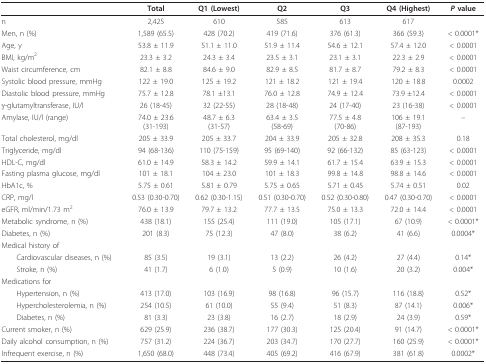
<table><thead><tr><td></td><td><b>Total</b></td><td><b>Q1 (Lowest)</b></td><td><b>Q2</b></td><td><b>Q3</b></td><td><b>Q4 (Highest)</b></td><td><b><i>P </i>value</b></td></tr></thead><tbody><tr><td>n</td><td>2,425</td><td>610</td><td>585</td><td>613</td><td>617</td><td></td></tr><tr><td>Men, n (%)</td><td>1,589 (65.5)</td><td>428 (70.2)</td><td>419 (71.6)</td><td>376 (61.3)</td><td>366 (59.3)</td><td>&lt; 0.0001*</td></tr><tr><td>Age, y</td><td>53.8 ± 11.9</td><td>51.1 ± 11.0</td><td>51.9 ± 11.4</td><td>54.6 ± 12.1</td><td>57.4 ± 12.0</td><td>&lt; 0.0001</td></tr><tr><td>BMI, kg/m<sup>2</sup></td><td>23.3 ± 3.2</td><td>24.3 ± 3.4</td><td>23.5 ± 3.1</td><td>23.1 ± 3.1</td><td>22.3 ± 2.9</td><td>&lt; 0.0001</td></tr><tr><td>Waist circumference, cm</td><td>82.1 ± 8.8</td><td>84.6 ± 9.0</td><td>82.9 ± 8.5</td><td>81.7 ± 8.7</td><td>79.2 ± 8.3</td><td>&lt; 0.0001</td></tr><tr><td>Systolic blood pressure, mmHg</td><td>122 ± 19.0</td><td>125 ± 19.2</td><td>121 ± 18.2</td><td>121 ± 19.4</td><td>120 ± 18.8</td><td>0.0002</td></tr><tr><td>Diastolic blood pressure, mmHg</td><td>75.7 ± 12.8</td><td>78.1 ±13.1</td><td>76.0 ± 12.8</td><td>74.9 ± 12.4</td><td>73.9 ±12.4</td><td>&lt; 0.0001</td></tr><tr><td>γ-glutamyltransferase, IU/l</td><td>26 (18-45)</td><td>32 (22-55)</td><td>28 (18-48)</td><td>24 (17-40)</td><td>23 (16-38)</td><td>&lt; 0.0001</td></tr><tr><td>Amylase, IU/l (range)</td><td>74.0 ± 23.6(31-193)</td><td>48.7 ± 6.3(31-57)</td><td>63.4 ± 3.5(58-69)</td><td>77.5 ± 4.8(70-86)</td><td>106 ± 19.1(87-193)</td><td>--</td></tr><tr><td>Total cholesterol, mg/dl</td><td>205 ± 33.9</td><td>205 ± 33.7</td><td>204 ± 33.9</td><td>205 ± 32.8</td><td>208 ± 35.3</td><td>0.18</td></tr><tr><td>Triglyceride, mg/dl</td><td>94 (68-136)</td><td>110 (75-159)</td><td>95 (69-140)</td><td>92 (66-132)</td><td>85 (63-123)</td><td>&lt; 0.0001</td></tr><tr><td>HDL-C, mg/dl</td><td>61.0 ± 14.9</td><td>58.3 ± 14.2</td><td>59.9 ± 14.1</td><td>61.7 ± 15.4</td><td>63.9 ± 15.3</td><td>&lt; 0.0001</td></tr><tr><td>Fasting plasma glucose, mg/dl</td><td>101 ± 18.1</td><td>104 ± 23.0</td><td>101 ± 18.3</td><td>99.8 ± 14.8</td><td>98.8 ± 14.6</td><td>&lt; 0.0001</td></tr><tr><td>HbA1c, %</td><td>5.75 ± 0.61</td><td>5.81 ± 0.79</td><td>5.75 ± 0.65</td><td>5.71 ± 0.45</td><td>5.74 ± 0.51</td><td>0.02</td></tr><tr><td>CRP, mg/l</td><td>0.53 (0.30-0.70)</td><td>0.62 (0.30-1.15)</td><td>0.51 (0.30-0.70)</td><td>0.52 (0.30-0.80)</td><td>0.47 (0.30-0.70)</td><td>&lt; 0.0001</td></tr><tr><td>eGFR, ml/min/1.73 m<sup>2</sup></td><td>76.0 ± 13.9</td><td>79.7 ± 13.2</td><td>77.7 ± 13.5</td><td>75.0 ± 13.3</td><td>72.0 ± 14.4</td><td>&lt; 0.0001</td></tr><tr><td>Metabolic syndrome, n (%)</td><td>438 (18.1)</td><td>155 (25.4)</td><td>111 (19.0)</td><td>105 (17.1)</td><td>67 (10.9)</td><td>&lt; 0.0001*</td></tr><tr><td>Diabetes, n (%)</td><td>201 (8.3)</td><td>75 (12.3)</td><td>47 (8.0)</td><td>38 (6.2)</td><td>41 (6.6)</td><td>0.0004*</td></tr><tr><td>Medical history of</td><td></td><td></td><td></td><td></td><td></td><td></td></tr><tr><td> Cardiovascular diseases, n (%)</td><td>85 (3.5)</td><td>19 (3.1)</td><td>13 (2.2)</td><td>26 (4.2)</td><td>27 (4.4)</td><td>0.14*</td></tr><tr><td> Stroke, n (%)</td><td>41 (1.7)</td><td>6 (1.0)</td><td>5 (0.9)</td><td>10 (1.6)</td><td>20 (3.2)</td><td>0.004*</td></tr><tr><td>Medications for</td><td></td><td></td><td></td><td></td><td></td><td></td></tr><tr><td> Hypertension, n (%)</td><td>413 (17.0)</td><td>103 (16.9)</td><td>98 (16.8)</td><td>96 (15.7)</td><td>116 (18.8)</td><td>0.52*</td></tr><tr><td> Hypercholesterolemia, n (%)</td><td>254 (10.5)</td><td>61 (10.0)</td><td>55 (9.4)</td><td>51 (8.3)</td><td>87 (14.1)</td><td>0.006*</td></tr><tr><td> Diabetes, n (%)</td><td>81 (3.3)</td><td>23 (3.8)</td><td>16 (2.7)</td><td>18 (2.9)</td><td>24 (3.9)</td><td>0.59*</td></tr><tr><td>Current smoker, n (%)</td><td>629 (25.9)</td><td>236 (38.7)</td><td>177 (30.3)</td><td>125 (20.4)</td><td>91 (14.7)</td><td>&lt; 0.0001*</td></tr><tr><td>Daily alcohol consumption, n (%)</td><td>757 (31.2)</td><td>224 (36.7)</td><td>203 (34.7)</td><td>170 (27.7)</td><td>160 (25.9)</td><td>&lt; 0.0001*</td></tr><tr><td>Infrequent exercise, n (%)</td><td>1,650 (68.0)</td><td>448 (73.4)</td><td>405 (69.2)</td><td>416 (67.9)</td><td>381 (61.8)</td><td>0.0002*</td></tr></tbody></table>